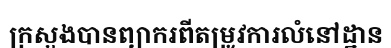
ក្រសួងបានព្យាករពីតម្រូវការលំនៅដ្ឋាន